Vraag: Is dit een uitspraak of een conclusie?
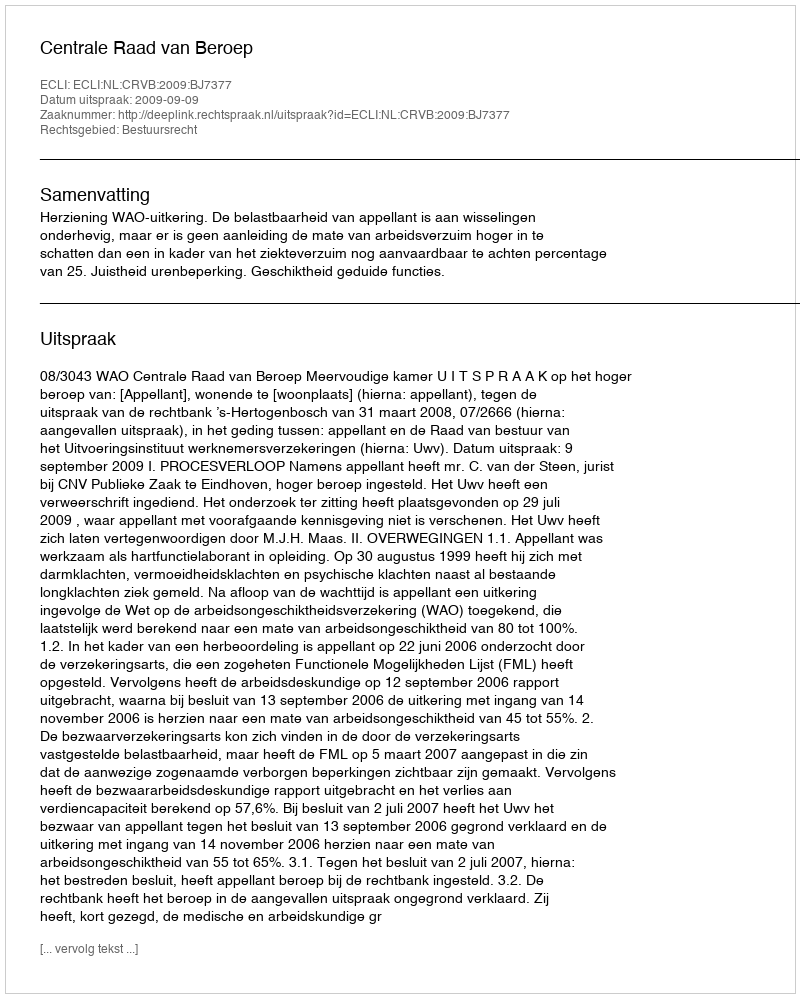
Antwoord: Uitspraak